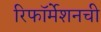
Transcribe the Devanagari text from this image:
रिफॉर्मेशनची